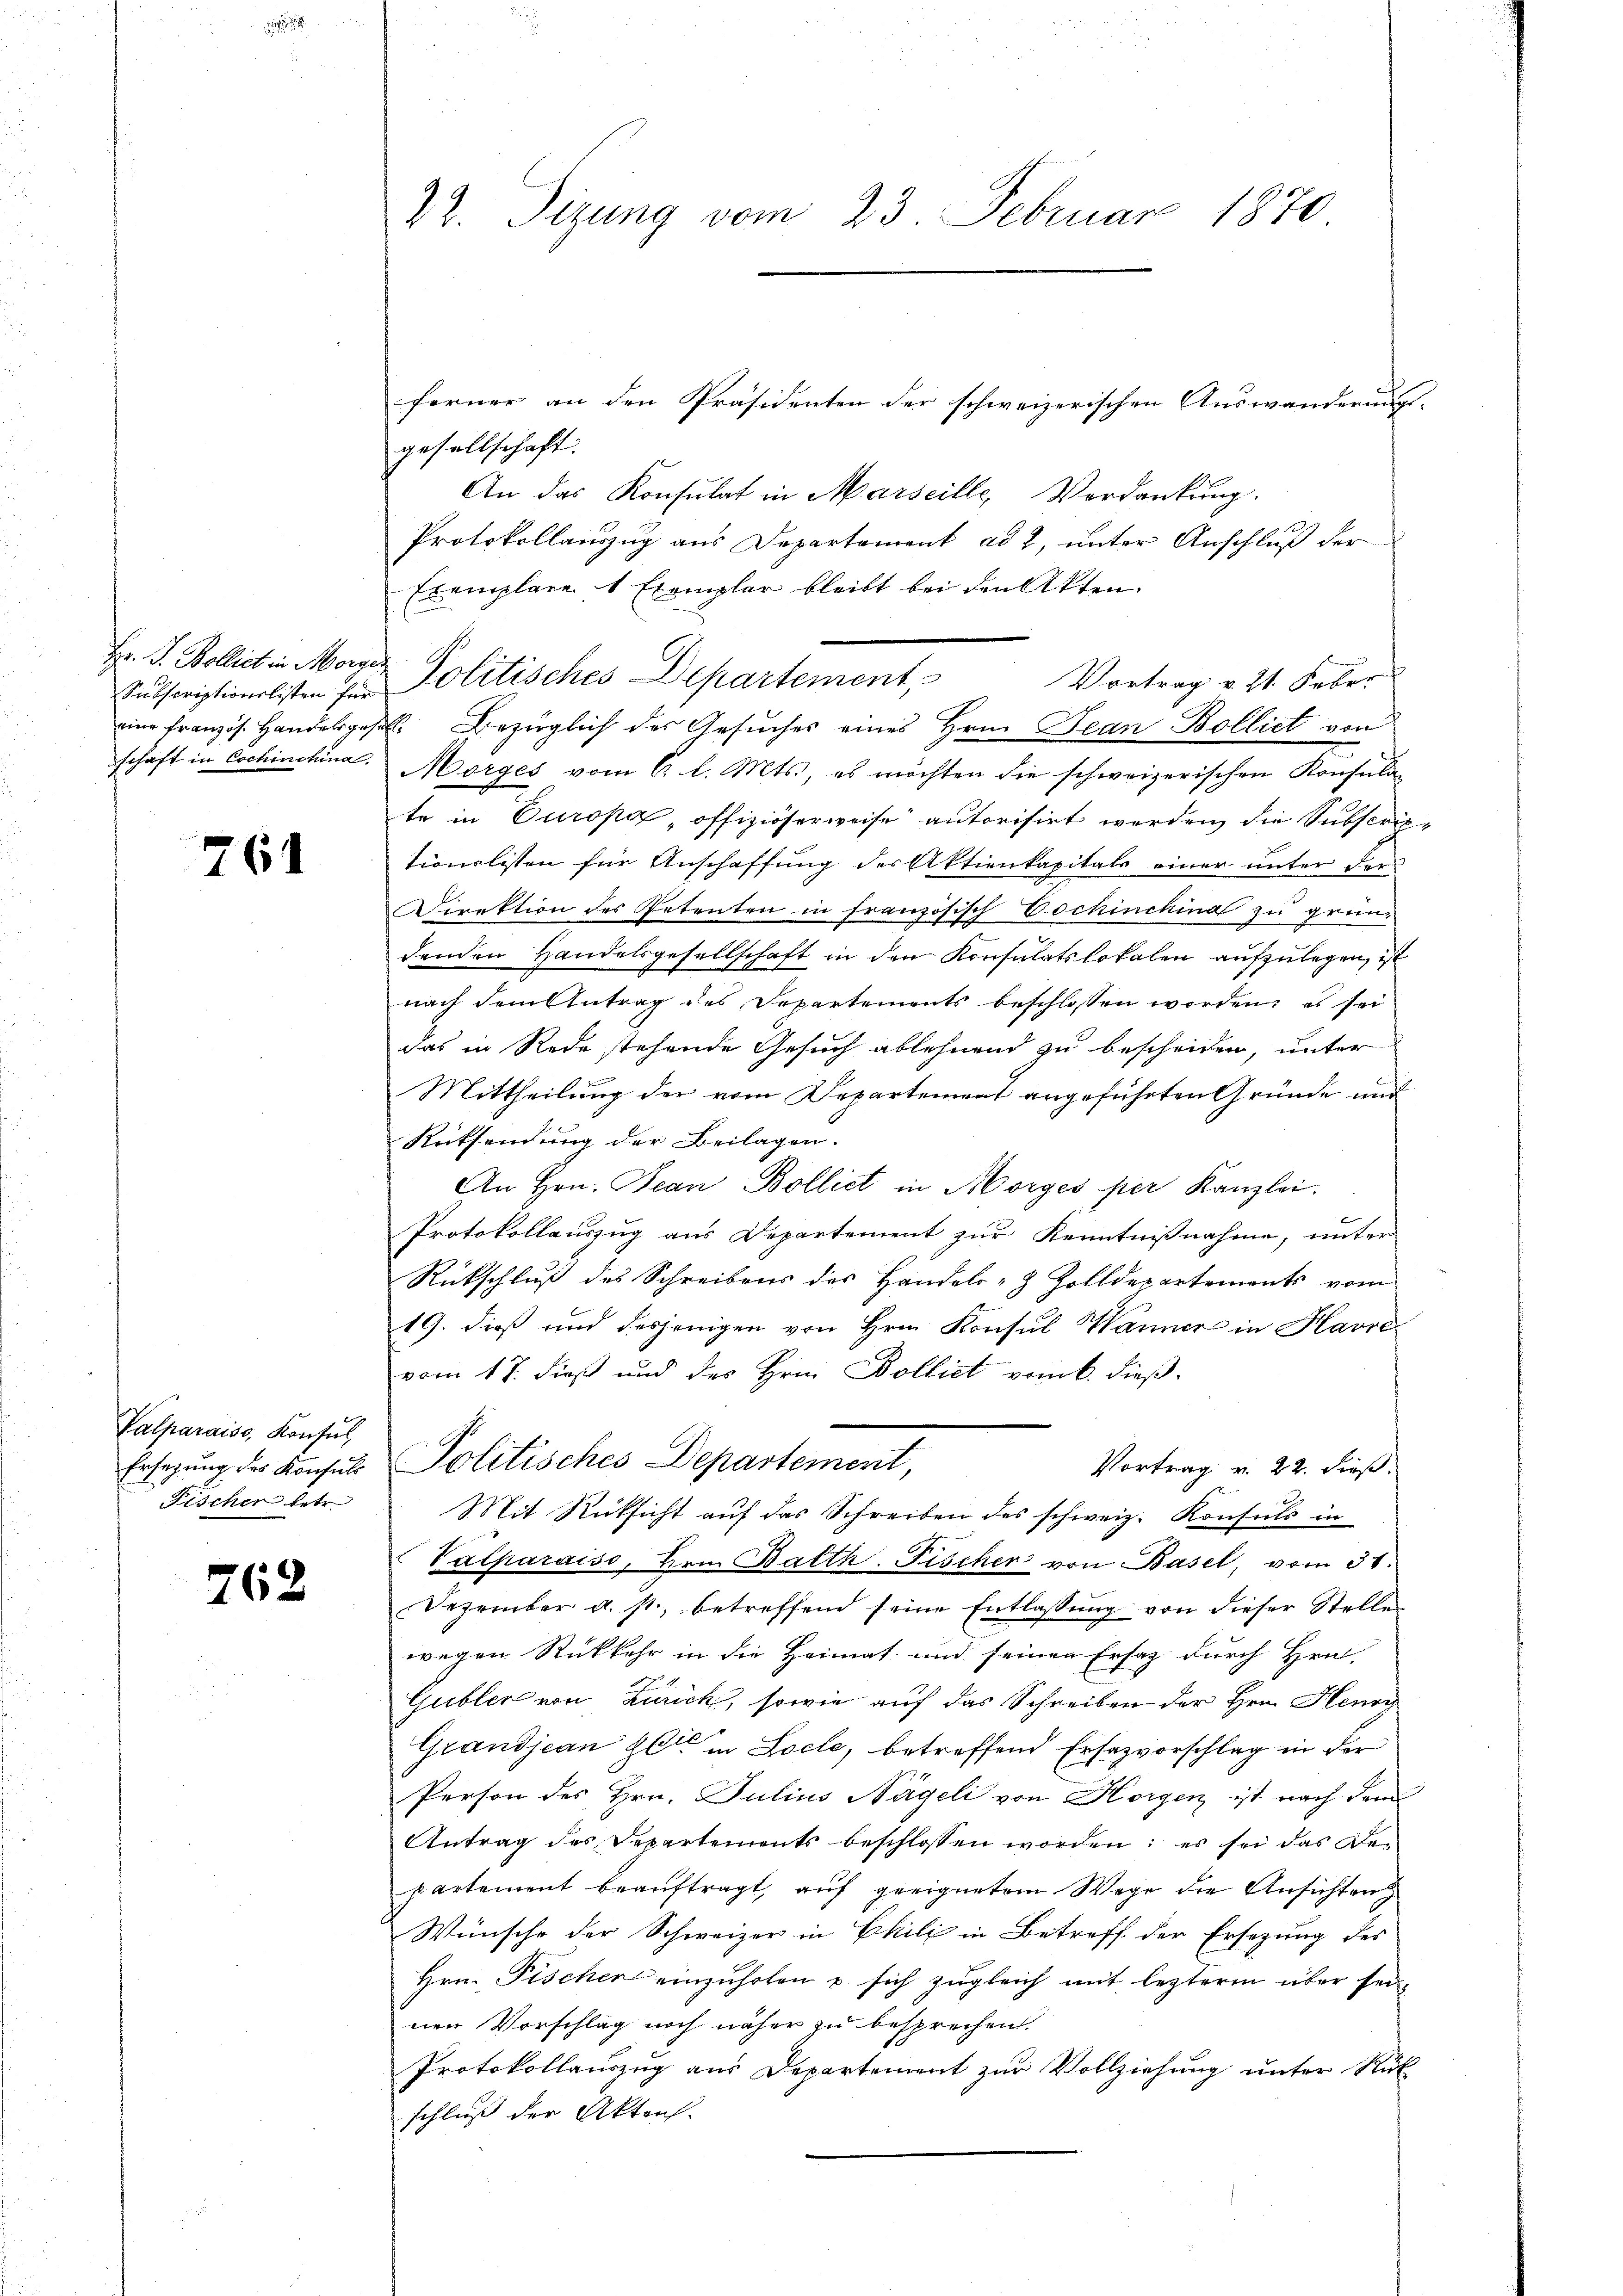
Hr. P. Bollich in Morges
Subscriptionslisten für
eine Französ. Handelsges.
schaft in Eschinchina

764

Valparais, Konsul
Ersagung des Konsuls
Fischer betr.

262

22. Sizung vom 23. Februar 1870

ferner an den Präsidenten der schweizerischen Auswanderungs-
gesellschaft.
An das Konsulat in Marseille, Verdankung.
Protokollauszug aus Departement ad 2, unter Anschluß der
Exemplare 1 Exemplar bleibt bei den Akten.
Morges vom 6. l. Mts., es möchten die schweizerischen Konsula-
te in Europa, offiziöserweise autorisirt werden, die Subscrit
tionalisten für Anschaffung des Aktienkapitals einer unter der
Direktion des Petenten in Französisch Eschinchina zu gründenden Handelsgesellschaft in den Konsulatslokalen aufzulegen, ist
nach dem Antrag des Departements beschlossen worden; es sei
das in Rede stehende Gesuch ablehnend zu bescheiden, unter
Mittheilung der vom Departement angeführten Gründe und
Rücksendung der Beilagen.
An Hrn. Jean Bolliet in Morges per Kanzlei.
Protokollauszug aus Departement zur Kenntnißnahme, unter
Rückschluß des Schreibens des Handels- & Zolldepartements vom
19. dieß und desjenigen von Hrn. Konsul Wanner in Havre
vom 17. dieß und des Hrn. Bolliet vom k. dieß
Politisches Departement,
Vortrag v. 22. dieß.
Mit Rücksicht auf das Schreiben des schweiz. Konsuls in
Valparaiso, Hrn. Balth. Fischer von Basel, vom 31.
Dezember a. s. betreffend seine Entlassŭng von dieser Stellen
wegen Rückkehr in die Heimat und seinen Ersaz durch Hrn.
Gubler von Zürich, sowie auf das Schreiben der Hrn. Henry
Grandjean 20te in Locle, betreffend Ersazvorschlag in der
Person des Hrn. Julius Nägeli von Horgen ist nach dem
Antrag des Departements beschlossen worden: es sei das De-
partement beauftragt, auf geeignetem Wege die Ansichten
Wünsche der Schweizer in Ekili in Betreff der Ersezung des
Hrn. Fischer einzuholen u sich zugleich mit lezteren über seinen Vorschlag noch näher zu besprechen.
Protokollauszug aus Departement zur Vollziehung unter Rück
schluß der Akten.

Politisches Departement,

Vortrag v. 21. Feber
l. Bezüglich des Gesuches eines Hrn. Jean Bolliet von